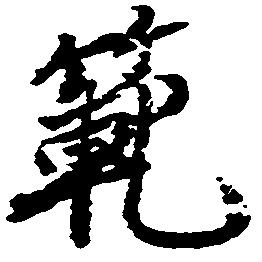
範